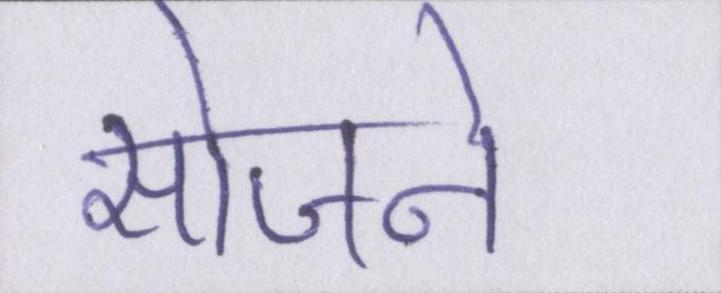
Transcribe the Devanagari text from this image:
सोजने